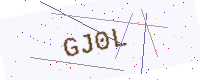
Text: GJ0L